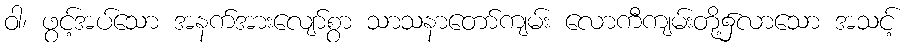
ဝါ၊ ဖွင့်အပ်သော အနက်အားလျော်စွာ သာသနာတော်ကျမ်း လောကီကျမ်းတို့၌လာသော အသင့်